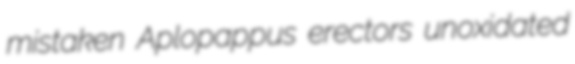
mistaken Aplopappus erectors unoxidated